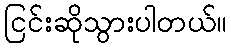
ငြင်းဆိုသွားပါတယ်။